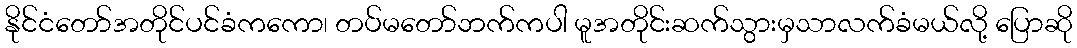
နိုင်ငံတော်အတိုင်ပင်ခံကကော၊ တပ်မတော်ဘက်ကပါ မူအတိုင်းဆက်သွားမှသာလက်ခံမယ်လို့ ပြောဆို